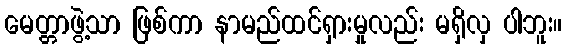
မေတ္တာဖွဲ့သာ ဖြစ်ကာ နာမည်ထင်ရှားမှုလည်း မရှိလှ ပါဘူး။